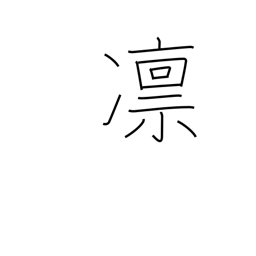
Meaning: strict